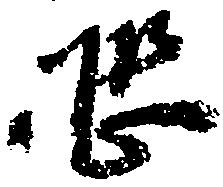
恐